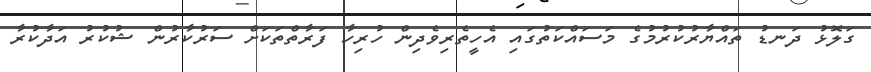
ގަލޮޅު ދަނޑު ތައްޔާރުކުރުމުގެ މަސައްކަތުގައި އެހީތެރިވެދިން ހުރިހާ ފަރާތްތަކަށް ސަރުކާރުން ޝުކުރު އަދާކުރާ